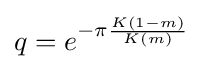
q=e^{-\pi {\frac {K(1-m)}{K(m)}}}